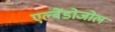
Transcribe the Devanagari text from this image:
एल्बेंडोजोल